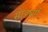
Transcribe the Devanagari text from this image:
सांडबर्ग